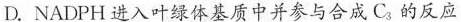
D.NADPH进入叶绿体基质中并参与合成C_{3}的反应